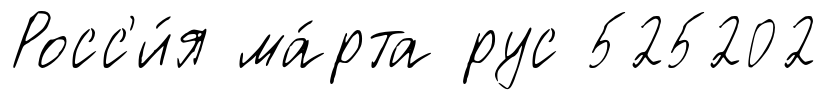
Росс'и́я ма́рта рус 525202